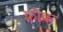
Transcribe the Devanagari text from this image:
फ़्रीक